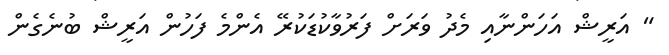
" އަރީޝް އަހަންނާއި މެދު ވަރަށް ފަރުވާކުޑަކުރޭ އެންމެ ފަހުން އަރީޝް ބުނެގެން